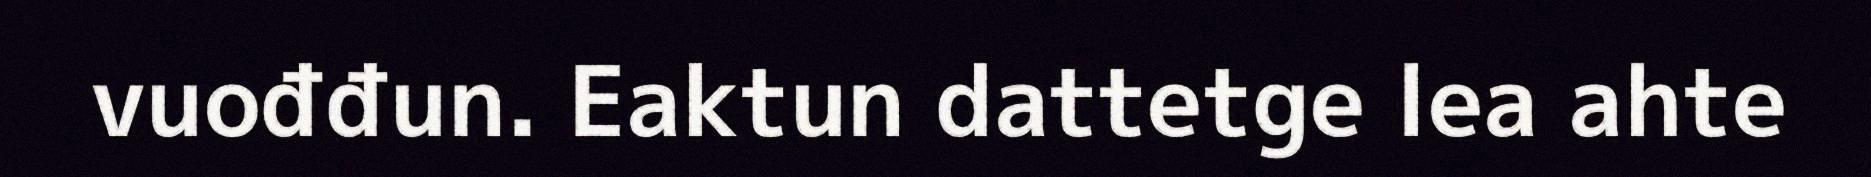
vuođđun. Eaktun dattetge lea ahte